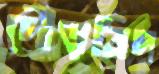
দৌড়বিদ